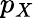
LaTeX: p_{X}